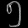
Digit: ၅